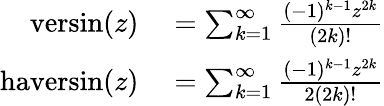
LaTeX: \begin{array}{rl}{\operatorname{versin}(z)}&{{}=\sum_{k=1}^{\infty}{\frac{(-1)^{k-1}z^{2k}}{(2k)!}}}\\ {\operatorname{haversin}(z)}&{{}=\sum_{k=1}^{\infty}{\frac{(-1)^{k-1}z^{2k}}{2(2k)!}}}\end{array}